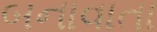
બનાવાતા